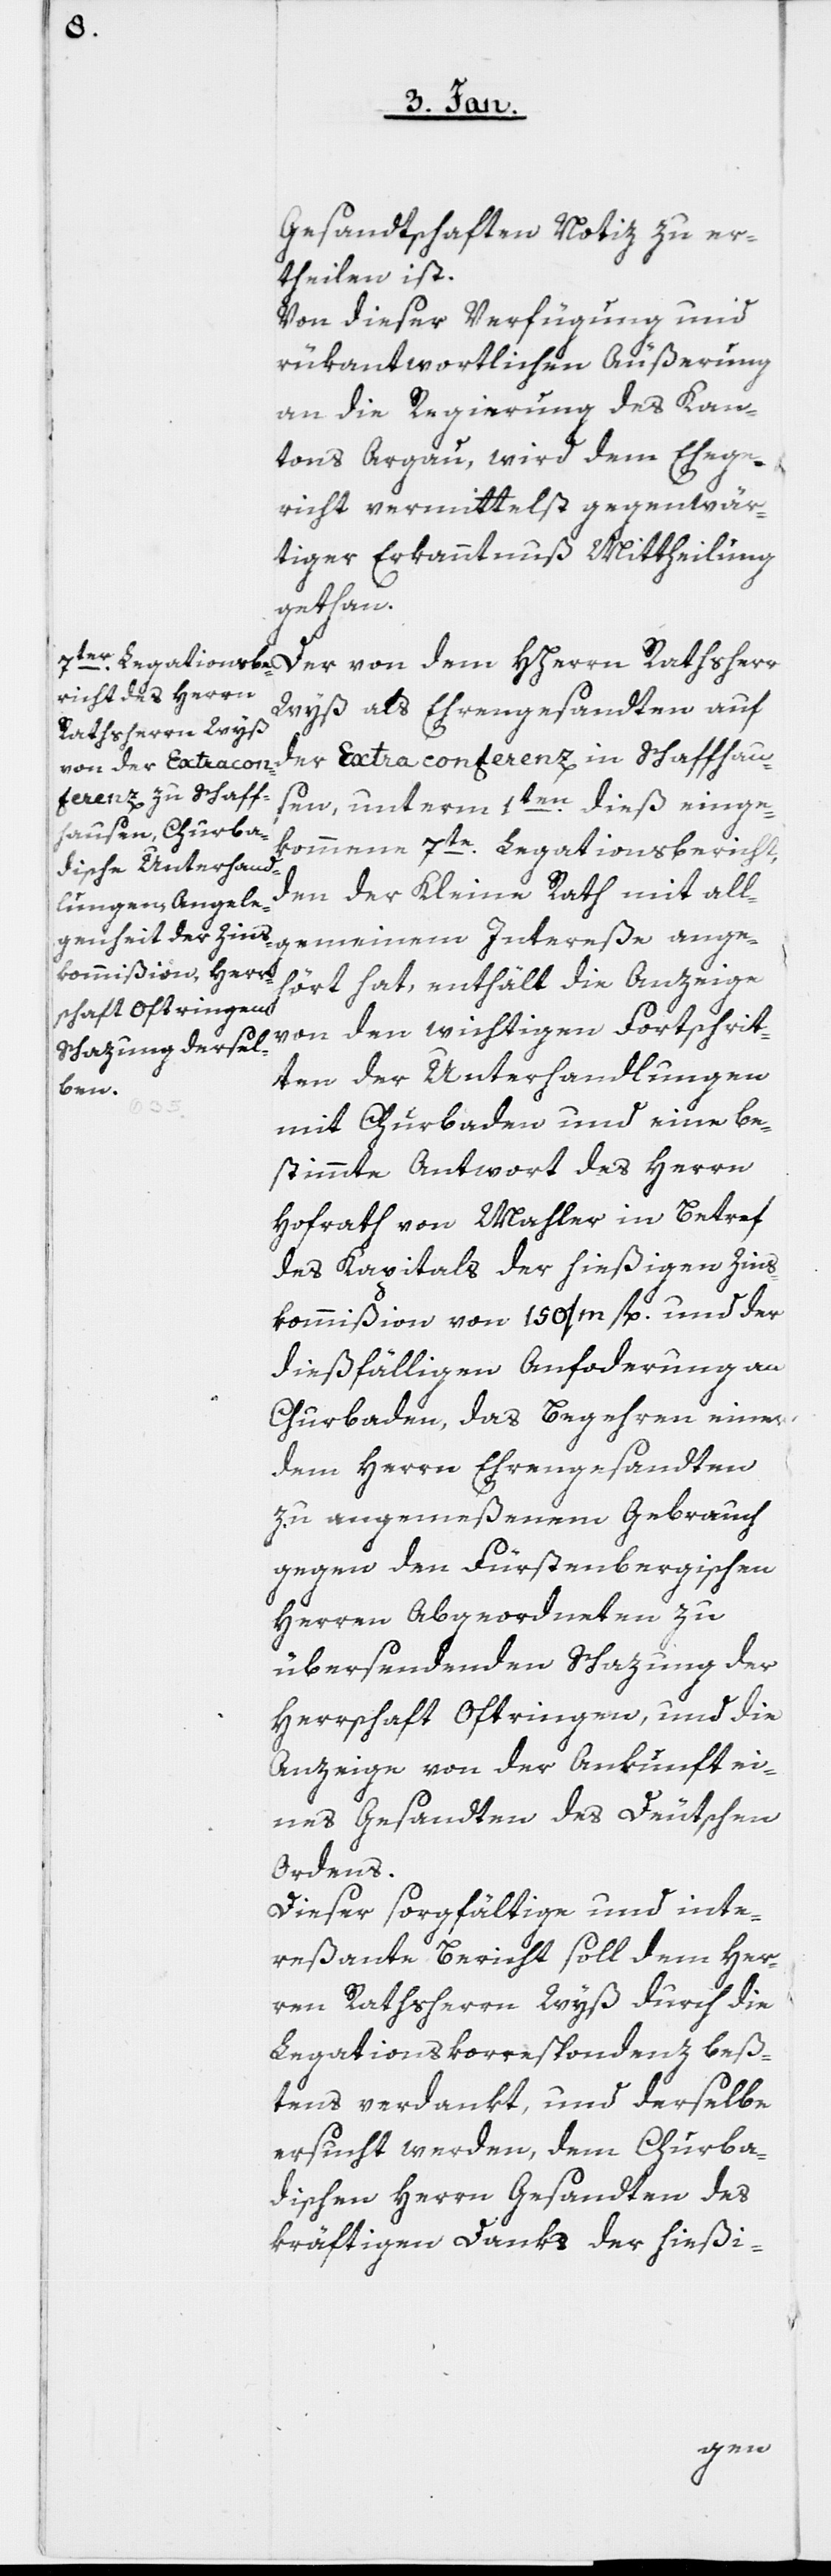
Gesandtschaften Notiz zu er¬
theilen ist.
Von dieser Verfügung und
rükantwortlichen Äußerung
an die Regierung des Kan¬
tons Aargau, wird dem Ehege¬
richt vermittelst gegenwär¬
tiger Erkanntnuß Mittheilung
gethan.
Der von dem HHerrn Rathsherr
Wyß als Ehrengesandten auf
der Extraconferenz in Schaffhau¬
sen, unterm 1ten. dieß einge¬
kommene 7te. Legationsbericht,
den der Kleine Rath mit all¬
gemeinem Intereße ange¬
hört hat, enthält die Anzeige
von den wichtigen Fortschrit¬
ten der Unterhandlungen
mit Churbaden und eine be¬
stimmte Antwort des Herrn
Hofrath von Mahler in Betref
des Kapitals der hießigen Zins¬
kommißion von 150/m fl. und der
dießfälligen Anforderung an
Churbaden, das Begehren einer
dem Herrn Ehrengesandten
zu angemeßenem Gebrauch
gegen den Fürstenbergischen
Herren Abgeordneten zu
übersendenden Schazung der
Herrschaft Oftringen, und die
Anzeige von der Ankunft ei¬
nes Gesandten des Deutschen
Ordens.
Dieser sorgfältige und inte¬
reßante Bericht soll dem Her¬
ren Rathsherrn Wyß durch die
Legationskorrespondenz beß¬
tens verdankt, und derselbe
ersucht werden, dem Churba¬
dischen Herrn Gesandten des
kräftigen Danks der hießi-